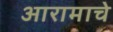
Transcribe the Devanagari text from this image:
आरामाचे